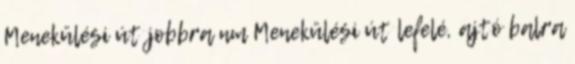
Menekülési út jobbra nm Menekülési út lefelé, ajtó balra